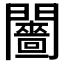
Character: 𨷗